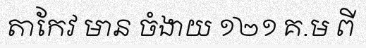
តាកែវ មាន ចំងាយ ១២១ គ.ម ពី